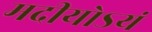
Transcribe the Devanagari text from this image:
मदीयोऽयं